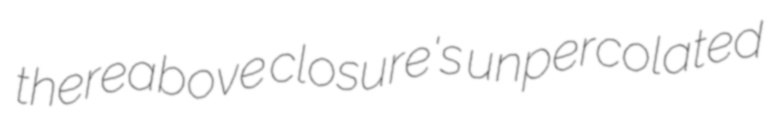
thereabove closure's unpercolated